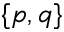
\{ p , q \}